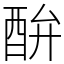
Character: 䣲